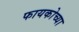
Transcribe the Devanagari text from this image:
फायकोच्या